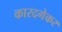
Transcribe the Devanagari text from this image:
कारदगेकर